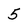
Character: 5